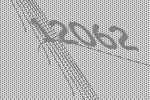
12062